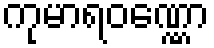
ကုမာရဝဏ္ဏော